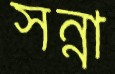
সন্না